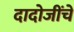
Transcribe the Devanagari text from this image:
दादोजींचे